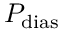
\! P _ { \mathrm { d i a s } }